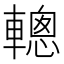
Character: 䡯